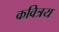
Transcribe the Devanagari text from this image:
कवित्रय